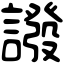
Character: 𧬋